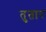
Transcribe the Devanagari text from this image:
तुतार